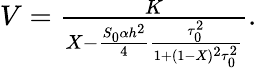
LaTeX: \begin{array}{r}{V=\frac{K}{X-\frac{S_{0}\alpha h^{2}}{4}\frac{\tau_{0}^{2}}{1+(1-X)^{2}\tau_{0}^{2}}}.}\end{array}